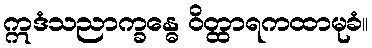
ဣဒံသညာက္ခန္ဓေ ဝိတ္ထာရကထာမုခံ။